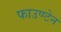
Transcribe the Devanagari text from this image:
फाउण्टेन